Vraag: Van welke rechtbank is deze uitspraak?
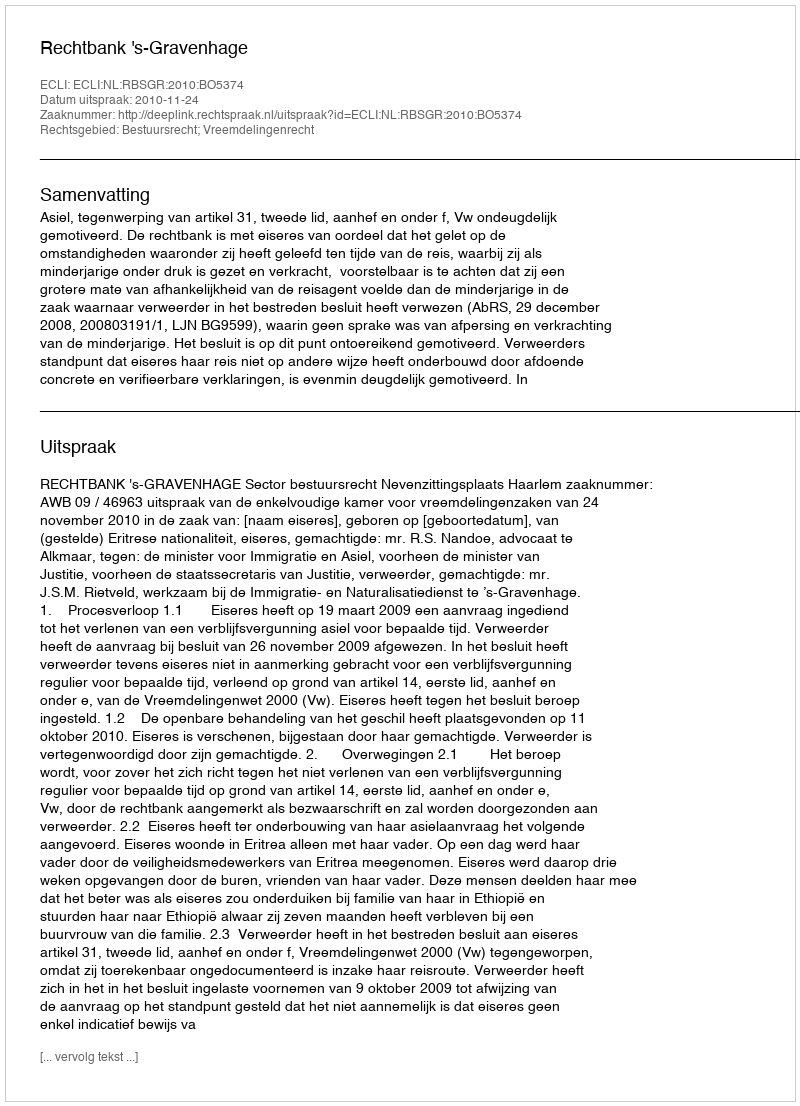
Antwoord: Rechtbank 's-Gravenhage